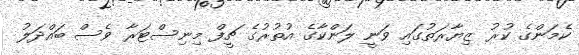
ކެމަންގެ ކުރު ޒިޔާރަތުގައި ވަނީ ލަންކާގެ އުތުރުގެ ޗީފް މިނިސްޓަރާ ވެސް ބައްދަލު